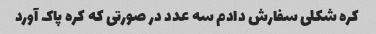
کره شکلی سفارش دادم سه عدد در صورتی که کره پاک آورد